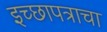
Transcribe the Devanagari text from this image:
इच्छापत्राचा